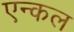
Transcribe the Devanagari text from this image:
एन्कल